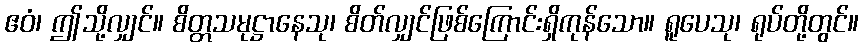
ဧဝံ၊ ဤသို့လျှင်။ စိတ္တသမုဋ္ဌာနေသု၊ စိတ်လျှင်ဖြစ်ကြောင်းရှိကုန်သော။ ရူပေသု၊ ရုပ်တို့တွင်။